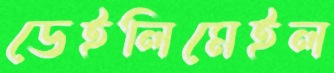
ডেইলিমেইল